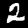
Digit: 2